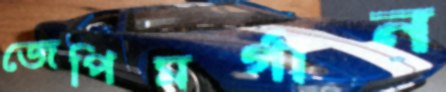
জেপিমর্গান